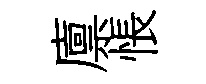
廪悵